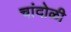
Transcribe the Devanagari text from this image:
चांदोळी